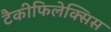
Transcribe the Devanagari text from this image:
टैकीफिलेक्सिस